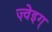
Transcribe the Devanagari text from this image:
ज़्वेइग्